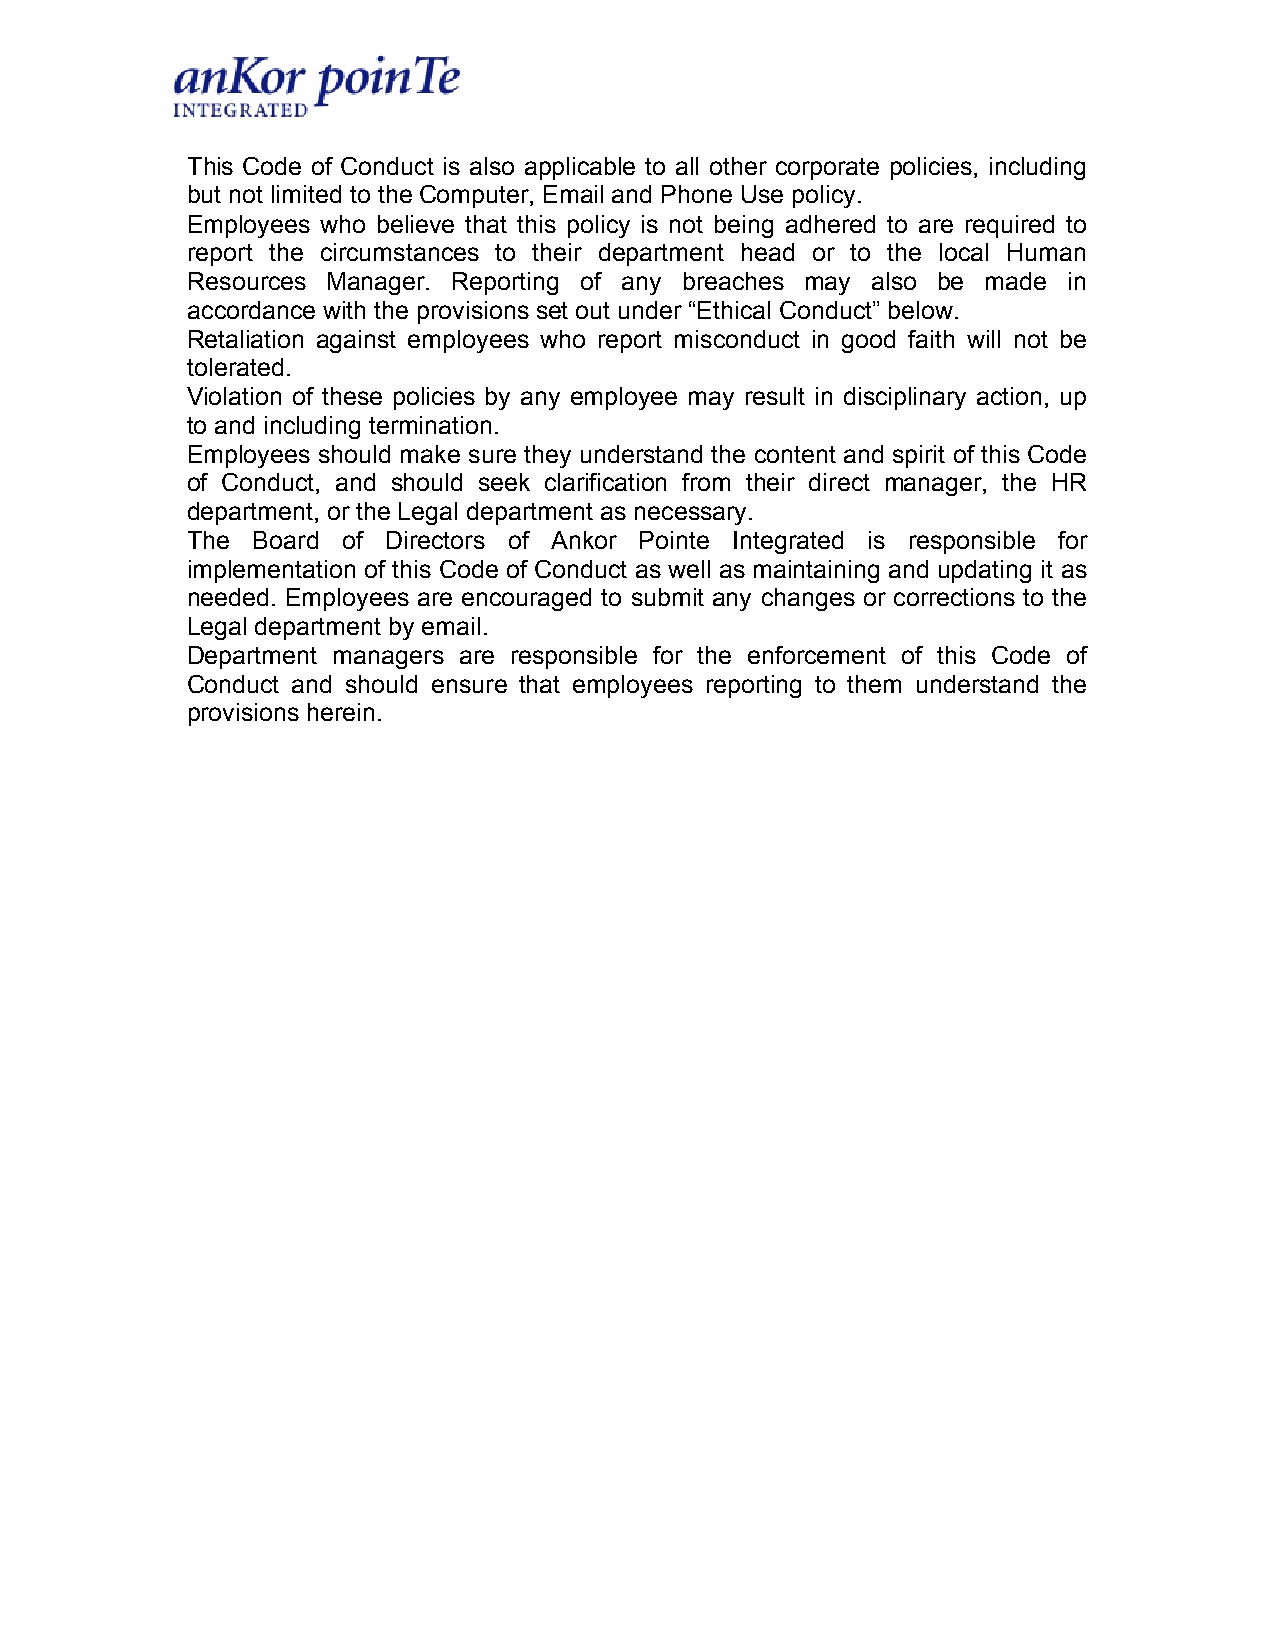
This Code of Conduct is also applicable to all other corporate policies, including
 but not limited to the Computer, Email and Phone Use policy.
 Employees who believe that this policy is not being adhered to are required to
 report the circumstances to their department head or to the local Human
 Resources Manager. Reporting of any breaches may also be made in
 accordance with the provisions set out under “Ethical Conduct” below.
 Retaliation against employees who report misconduct in good faith will not be
 tolerated.
 Violation of these policies by any employee may result in disciplinary action, up
 to and including termination.
 Employees should make sure they understand the content and spirit of this Code
 of Conduct, and should seek clarification from their direct manager, the HR
 department, or the Legal department as necessary.
 The  Board of Directors of Ankor Pointe Integrated is responsible for
 implementation of this Code of Conduct as well as maintaining and updating it as
 needed. Employees are encouraged to submit any changes or corrections to the
 Legal department by email.
 Department managers are responsible for the enforcement of this Code of
 Conduct and should ensure that employees reporting to them understand the
 provisions herein.